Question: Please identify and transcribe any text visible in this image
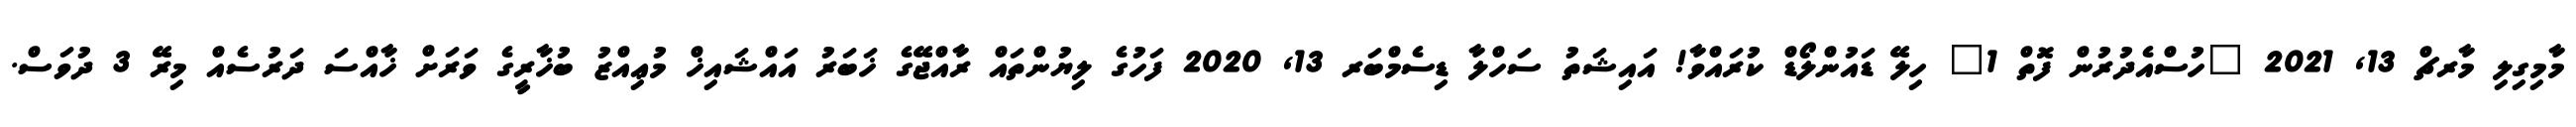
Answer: މާމިގިލި މާރޗް 13, 2021 "ހުސްއެދުރުން ފޮތް 1" ހިލޭ ޑައުންލޯޑް ކުރައްވާ! އައިޝަތު ސަހްލާ ޑިސެމްބަރ 13, 2020 ފަހުގެ ލިޔުންތައް ރާއްޖޭގެ ޚަބަރު އައްޝައިޚް މުޢިއްޒު ބުޚާރީގެ ވަރަށް ޚާއްސަ ދަރުސެއް މިރޭ 3 ދުވަސް.